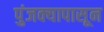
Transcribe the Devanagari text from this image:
पुंजक्यापासून